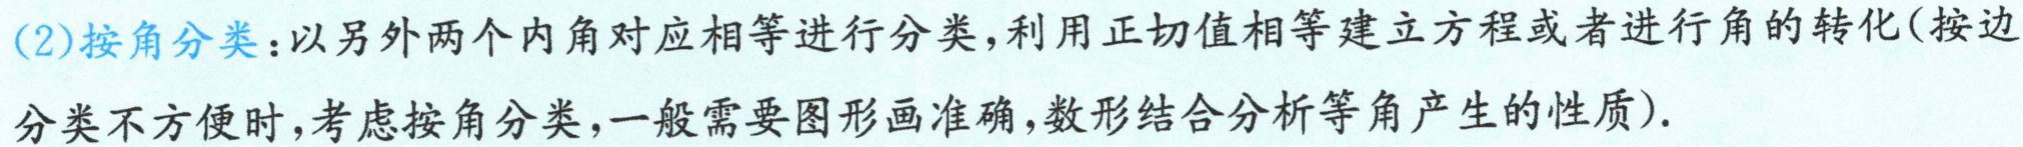
(2)按角分类：以另外两个内角对应相等进行分类，利用正切值相等建立方程或者进行角的转化(按边分类不方便时，考虑按角分类，一般需要图形画准确，数形结合分析等角产生的性质).